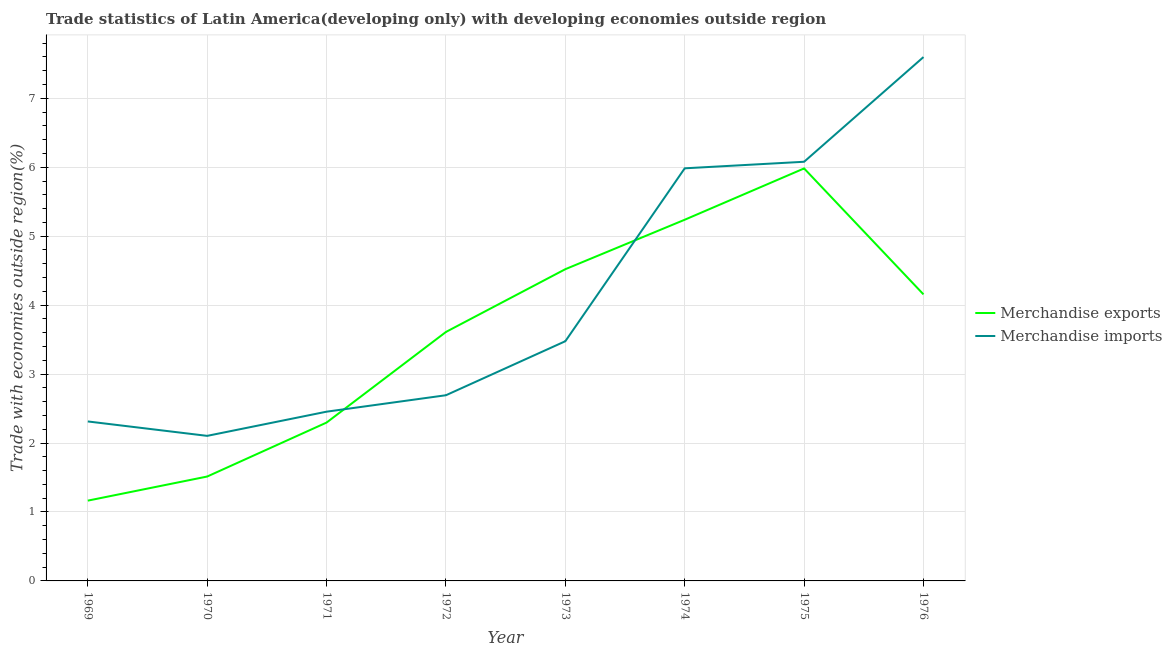
| Year | Merchandise exports | Merchandise imports |
 | --- | --- | --- |
 | 1969 | 1.16 | 2.31 |
 | 1970 | 1.51 | 2.1 |
 | 1971 | 2.3 | 2.45 |
 | 1972 | 3.61 | 2.69 |
 | 1973 | 4.52 | 3.48 |
 | 1974 | 5.24 | 5.98 |
 | 1975 | 5.98 | 6.08 |
 | 1976 | 4.16 | 7.6 |